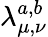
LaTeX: \lambda_{\mu,\nu}^{a,b}